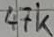
Text: 47k